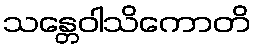
သန္တေဝါသိကောတိ